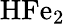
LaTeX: \mathrm{HFe_{2}}